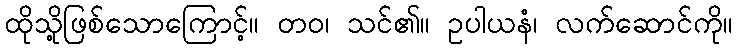
ထိုသို့ဖြစ်သောကြောင့်။ တဝ၊ သင်၏။ ဥပါယနံ၊ လက်ဆောင်ကို။